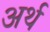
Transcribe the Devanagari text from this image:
अर्थ